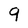
Character: 9